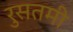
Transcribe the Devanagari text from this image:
रुसतमी